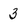
Character: 3